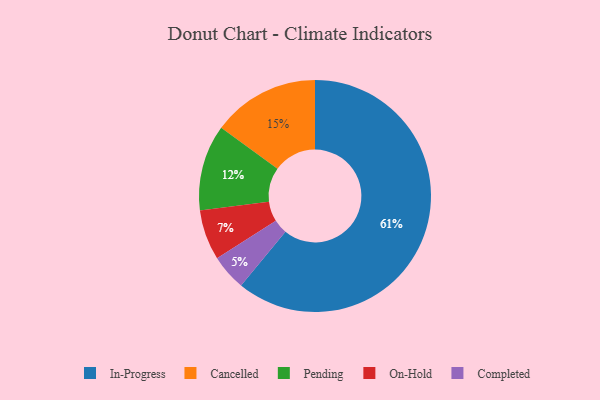
{"axis": {"x": "Category", "y": "Percentage"}, "legend": ["Cancelled", "Completed", "In-Progress", "On-Hold", "Pending"], "data": [{"x": "In-Progress", "y": 61, "type": "In-Progress"}, {"x": "Completed", "y": 5, "type": "Completed"}, {"x": "On-Hold", "y": 7, "type": "On-Hold"}, {"x": "Pending", "y": 12, "type": "Pending"}, {"x": "Cancelled", "y": 15, "type": "Cancelled"}]}